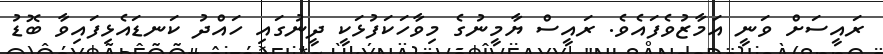
ރައީސަށް ވަނީ އަމާޒުވެފައެވެ. ރައީސް ޔާމީނުގެ މިވާހަކަފުޅަކީ ދީނުގައި ހައްދު ކަނޑައެޅިފައިވާ ބޮޑު